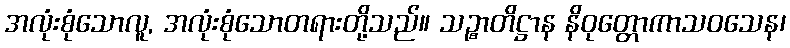
အလုံးစုံသောလူ, အလုံးစုံသောတရားတို့သည်။ သဉ္စာတိဋ္ဌာန နိဝုတ္တောကာသဝသေန၊